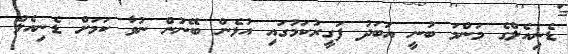
ޑެނިއެލްގެ މަންމަ ބުނީ އަބަދު ފަގީރުކަމުގައި އުޅެން ބޭނުން ނުވާ ކަމަށް ޑެނިއެލް